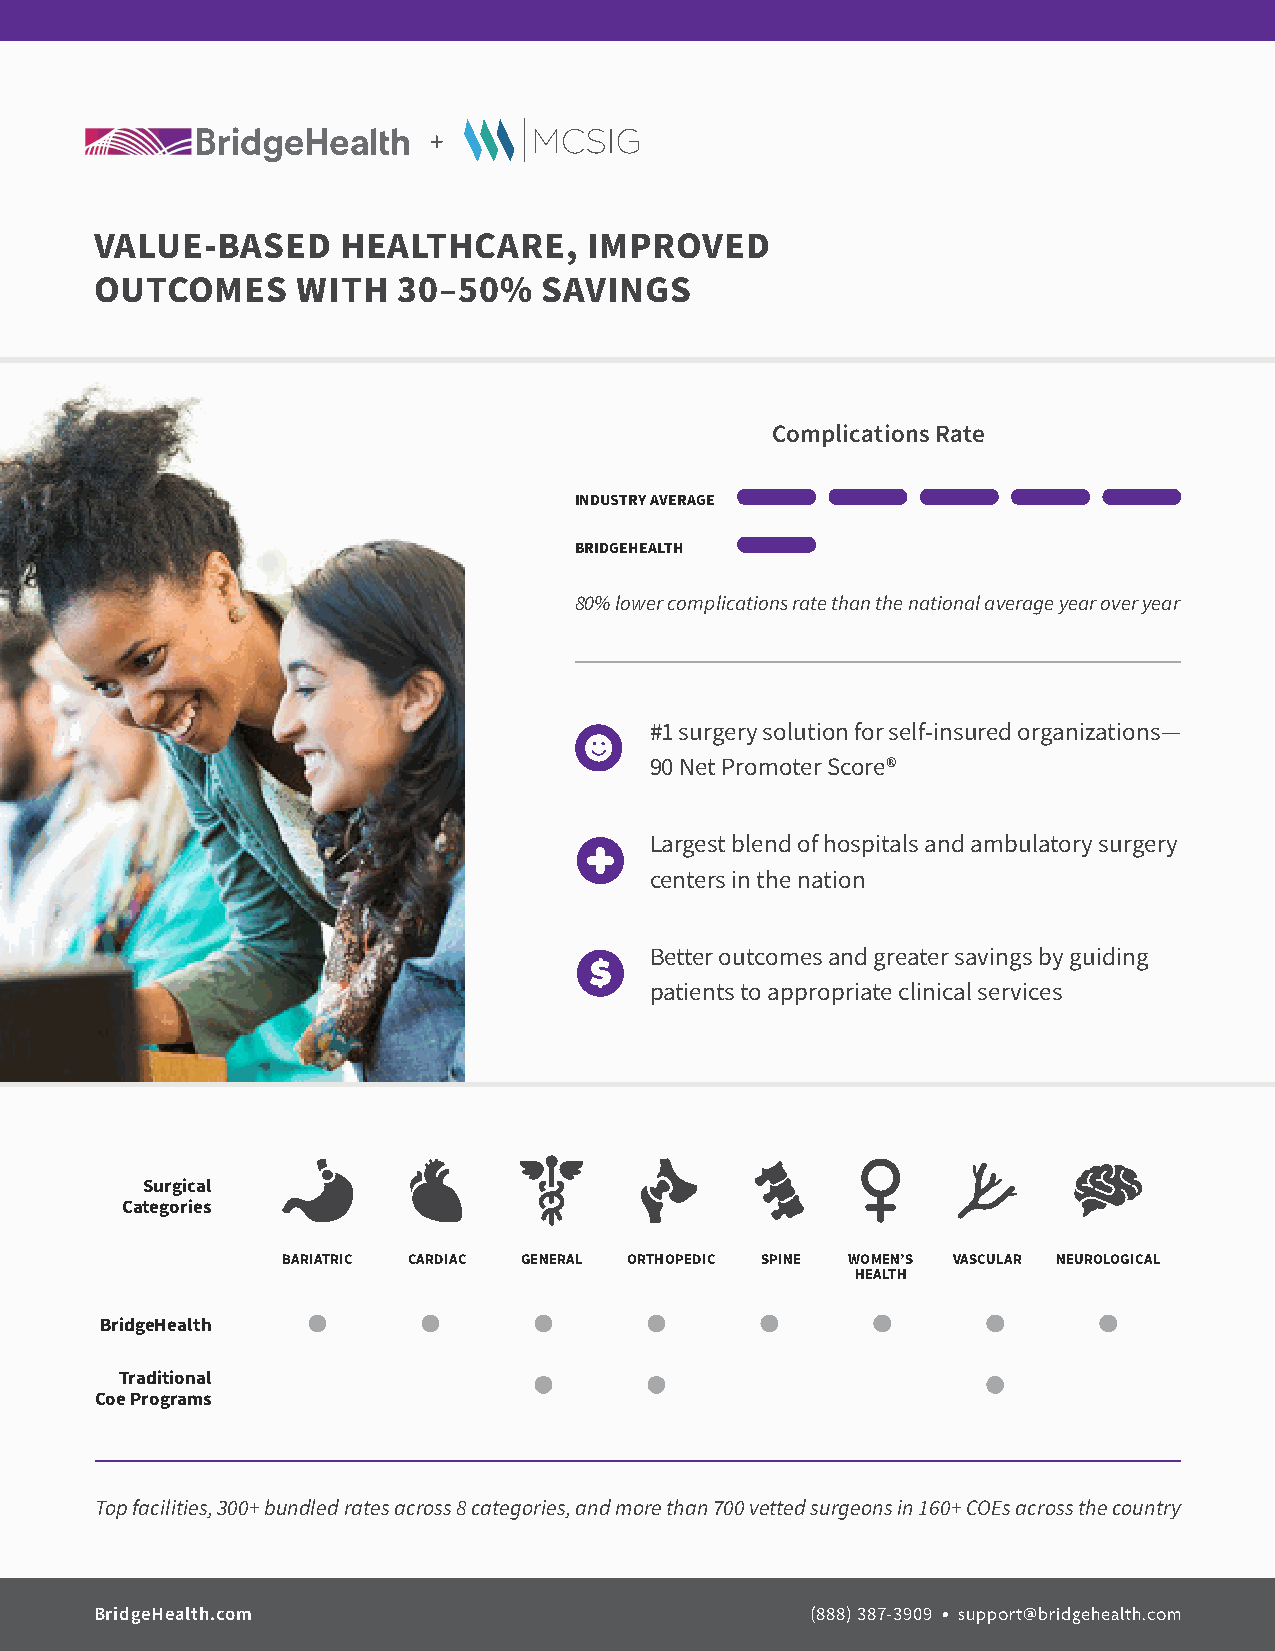
VALUE-BASED      HEALTHCARE,     IMPROVED
 OUTCOMES      WITH  30–50%    SAVINGS
 Complications Rate
 INDUSTRY AVERAGE
 BRIDGEHEALTH
 80% lower complications rate than the national average year over year
 #1 surgery solution for self-insured organizations—
 90 Net Promoter Score®
 Largest blend of hospitals and ambulatory surgery
 centers in the nation
 Better outcomes and greater savings by guiding
 patients to appropriate clinical services
 Surgical
 Categories
 BARIATRIC CARDIAC GENERAL ORTHOPEDIC SPINE WOMEN’S VASCULAR NEUROLOGICAL
 HEALTH
 BridgeHealth
 Traditional
 Coe Programs
 Top facilities, 300+ bundled rates across 8 categories, and more than 700 vetted surgeons in 160+ COEs across the country
 BridgeHealth.com                                (888) 387-3909 • support@bridgehealth.com